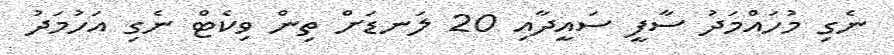
ނެގި މުހައްމަދު ސާފީ ސައީދާއި 20 ލަނޑަށް ތިން ވިކެޓް ނެގި އަހުމަދު